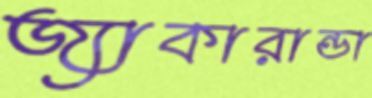
জ্যাকারান্ডা